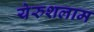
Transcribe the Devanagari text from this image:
येरुशलाम